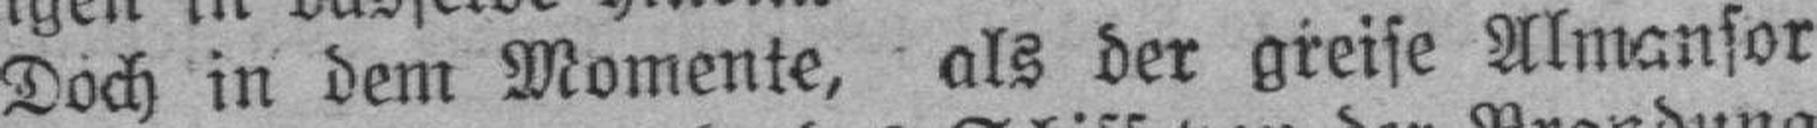
Doch in dem Momente, als der greise Almansor